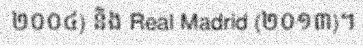
២០០៤) និង Real Madrid (២០១៣)។